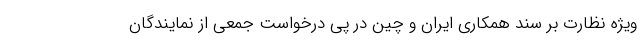
ویژه نظارت بر سند همکاری ایران و چین در پی درخواست جمعی از نمایندگان